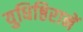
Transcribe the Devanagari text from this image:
युधिष्ठिरानें